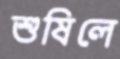
শুষিলে